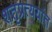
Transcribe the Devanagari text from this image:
शतृप्रत्ययांत